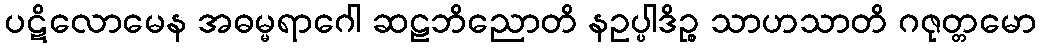
ပဋိလောမေန အဓမ္မရာဂေါ ဆဠဘိညောတိ နဥပ္ပါဒိဉ္စ သာဟသာတိ ဂဇုတ္တမော